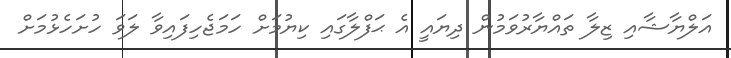
އަލްޔާޝާއި ޒިލާ ތައްޔާރުވަމުން ދިޔައީ އެ ޙަފްލާގައި ކިޔުމަށް ހަމަޖެހިފައިވާ ލަވަ ހުށަހެޅުމަށް